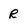
Character: R